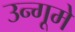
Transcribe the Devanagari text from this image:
उन्गूमे